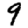
Digit: 9